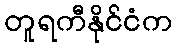
တူရကီနိုင်ငံက